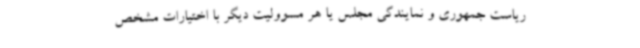
ریاست جمهوری و نمایندگی مجلس یا هر مسوولیت دیگر با اختیارات مشخص